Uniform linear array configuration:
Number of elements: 8
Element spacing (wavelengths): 0.25
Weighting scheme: uniform
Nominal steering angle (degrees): -15
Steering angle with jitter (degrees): -13.083
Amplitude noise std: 0.05
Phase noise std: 0.05

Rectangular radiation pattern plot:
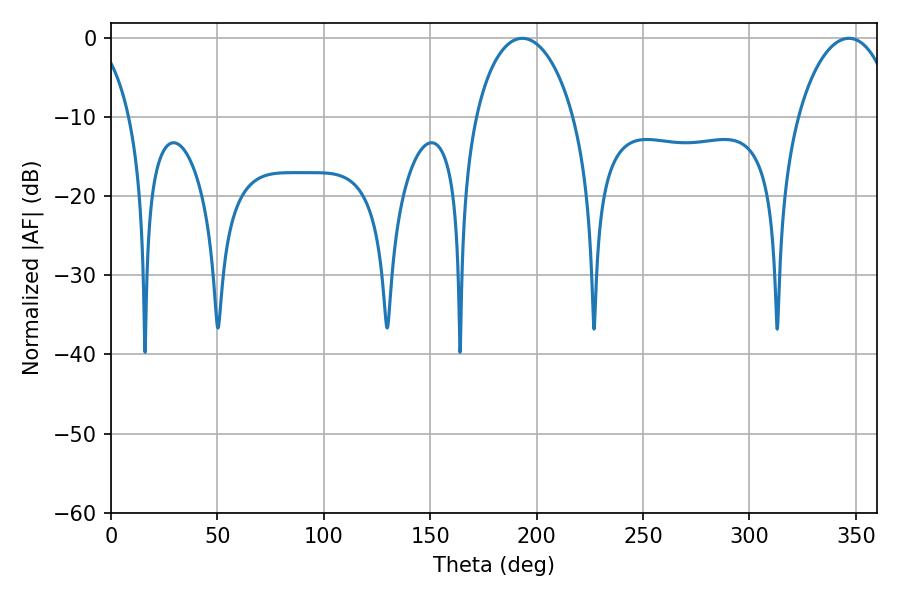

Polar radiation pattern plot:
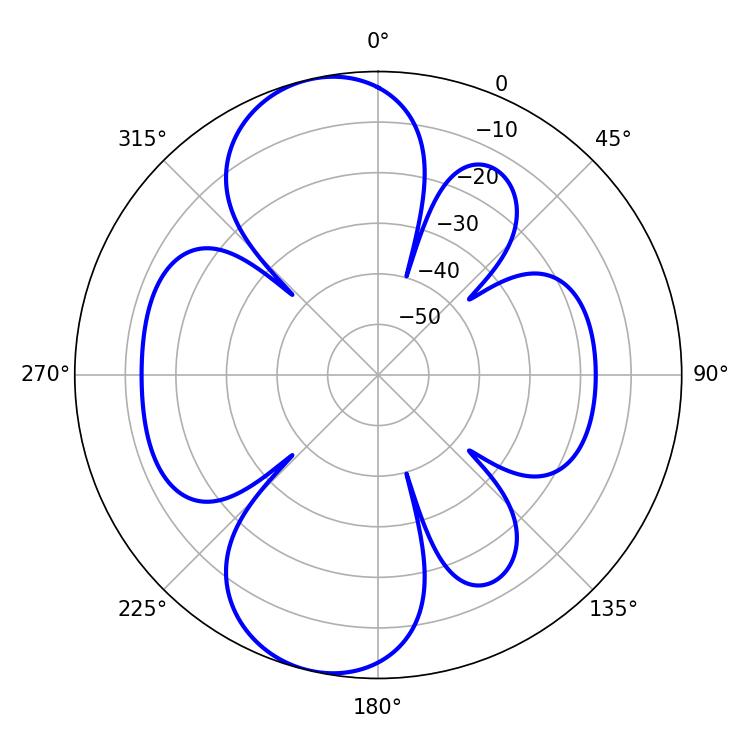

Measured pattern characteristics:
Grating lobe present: FALSE
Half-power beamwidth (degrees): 26.46
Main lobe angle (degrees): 346.68